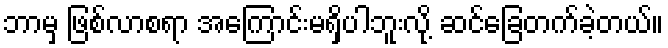
ဘာမှ ဖြစ်လာစရာ အကြောင်းမရှိပါဘူးလို့ ဆင်ခြေတက်ခဲ့တယ်။